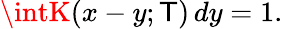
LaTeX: \intK(x-y;\mathsf{T})\, dy=1.